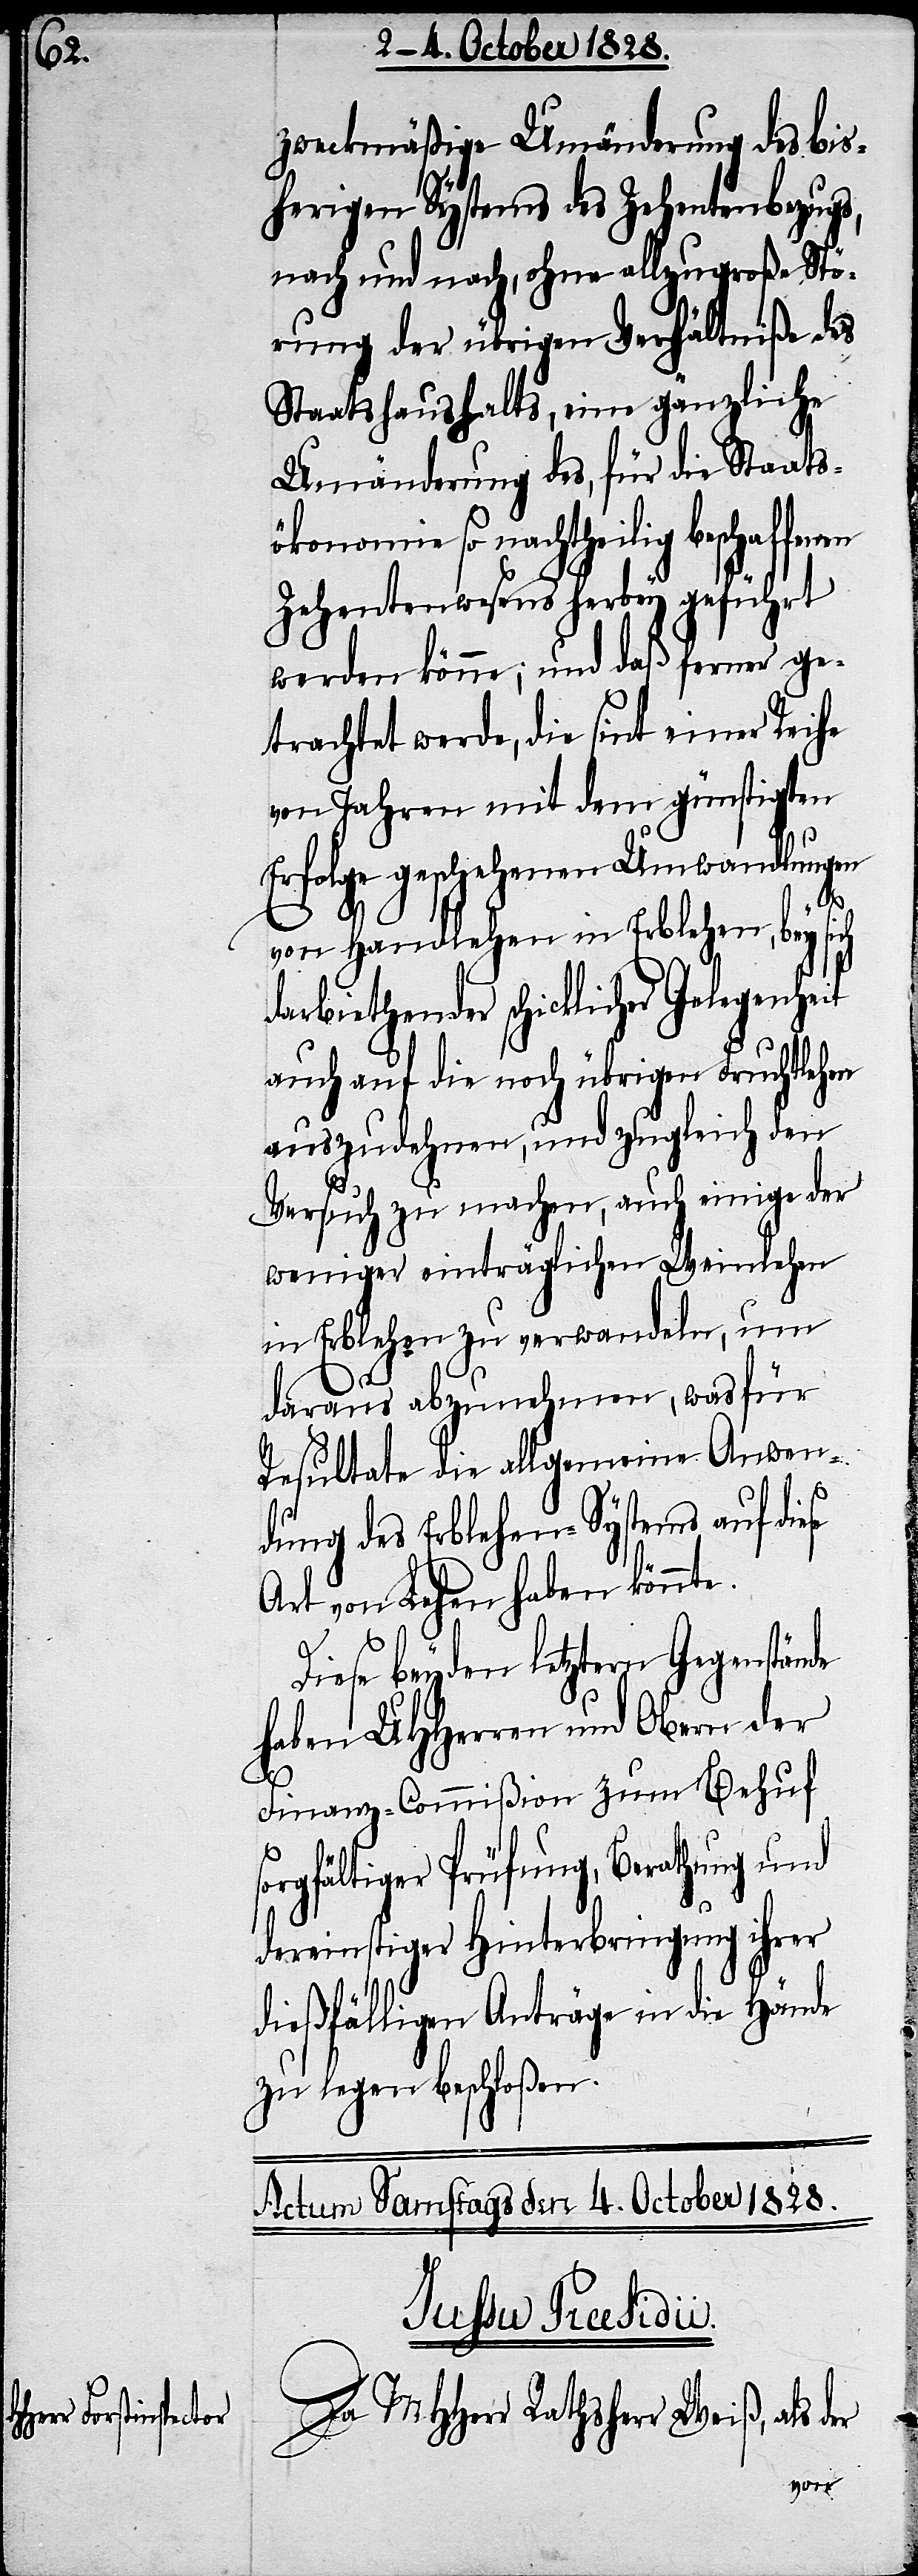
zweckmäßige Umänderung des bis¬
herigen Systems des Zehentenbezugs,
nach und nach, ohne allzugroße Stö¬
rung der übrigen Verhältniße des
Staatshaushalts, eine gänzliche
Umänderung des, für die Staats¬
ökonomie so nachtheilig beschaf¬
Zehentenwesens herbey geführt
werden könne; und daß ferner ge¬
trachtet werde, die sint einer Reihe
von Jahren mit dem günstigsten
Erfolge geschehenen Umwandlungen
von Handlehen in Erblehen, bey sich
darbiethender schicklicher Gelegenheit
auch auf die noch übrigen Fruchtlehen
auszudehnen, und zugleich den
Versuch zu machen, auch einige der
weniger einträglichen Weinlehen
in Erblehen zu verwandeln, um
daraus abzunehmen, was für
Resultate die allgemeine Anwen¬
er
dung des Erblehen-Systems auf die¬
Art von Lehen haben könnte.
Diese beyden letztern Gegenstände
haben UHHerren und Obern der
Finanz-Commißion zum Behuf
sorgfältiger Prüfung, Berathung und
dereinstiger Hinterbringung ihrer
dießfälligen Anträge in die Hände
zu legen beschloßen.
Actum Samstags den 4. October 1828.
Iussu Præsidii.
Da MHHerr Rathsherr Weiß, als d¬
fenen